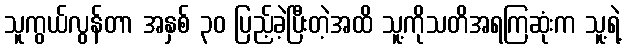
သူကွယ်လွန်တာ အနှစ် ၃၀ ပြည့်ခဲ့ပြီးတဲ့အထိ သူ့ကိုသတိအရကြဆုံးက သူ့ရဲ့